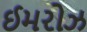
ઈમરોઝ